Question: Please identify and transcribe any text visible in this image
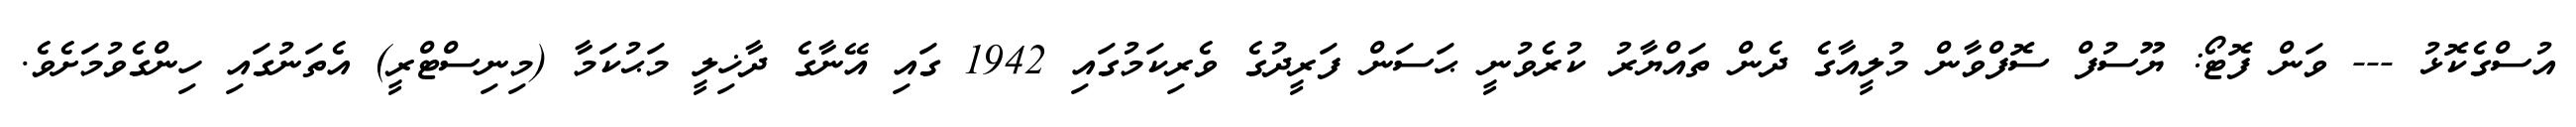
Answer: އުސްގެކޮޅު --- ވަން ފޮޓޯ: ޔޫސުފް ސޮފްވާން މުލީއާގެ ދެން ތައްޔާރު ކުރެވުނީ ޙަސަން ފަރީދުގެ ވެރިކަމުގައި 1942 ގައި އޭނާގެ ދާޚިލީ މަޙުކަމާ (މިނިސްޓްރީ) އެތަނުގައި ހިންގެވުމަށެވެ.